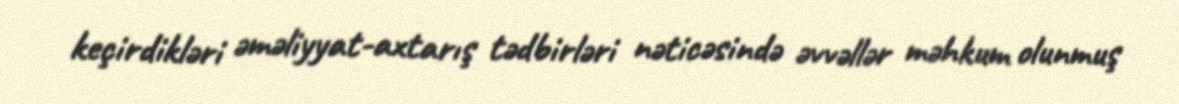
keçirdikləri əməliyyat-axtarış tədbirləri nəticəsində əvvəllər məhkum olunmuş